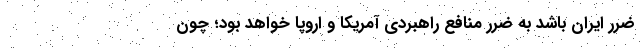
ضرر ایران باشد به ضرر منافع راهبردی آمریکا و اروپا خواهد بود؛ چون